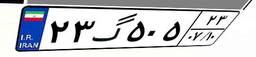
۲۳گ۵۰۵۲۳